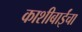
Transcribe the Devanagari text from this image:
काशीबाईंचा